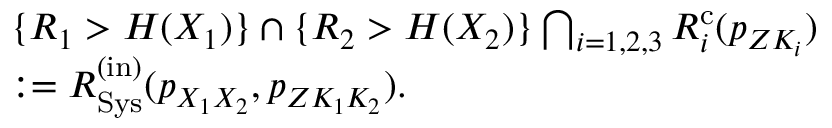
\begin{array} { r l } & { \{ R _ { 1 } > H ( X _ { 1 } ) \} \cap \{ R _ { 2 } > H ( X _ { 2 } ) \} \bigcap _ { i = 1 , 2 , 3 } { \cal R } _ { i } ^ { \mathrm { c } } ( p _ { Z K _ { i } } ) } \\ & { : = { \cal R } _ { \mathrm { S y s } } ^ { \mathrm { ( i n ) } } ( p _ { X _ { 1 } X _ { 2 } } , { p _ { Z K _ { 1 } K _ { 2 } } } ) . } \end{array}